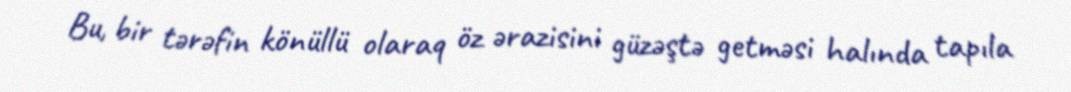
Bu, bir tərəfin könüllü olaraq öz ərazisini güzəştə getməsi halında tapıla